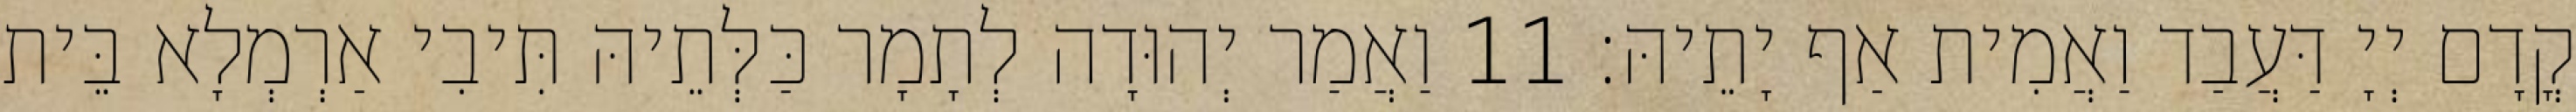
קֳדָם יְיָ דַּעֲבַד וַאֲמִית אַף יָתֵיהּ׃ 11 וַאֲמַר יְהוּדָה לְתָמָר כַּלְּתֵיהּ תִּיבִי אַרְמְלָא בֵּית